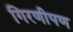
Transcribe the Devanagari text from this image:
गिरणीपण